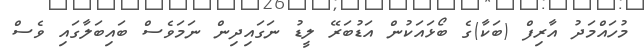
މުހައްމަދު އާރިފް (ބަކާ)ގެ ބޯޅައަކުން އަޑުބަރޭ ލީޑު ނަގައިދިން ނަމަވެސް ބައިބަލާގައި ވެސް